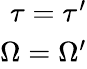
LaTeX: \begin{array}{r}{\tau=\tau^{\prime}}\\ {\Omega=\Omega^{\prime}}\end{array}